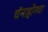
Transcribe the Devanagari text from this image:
चॅनाहोनचा